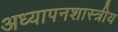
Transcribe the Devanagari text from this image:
अध्यापनशास्त्रीय